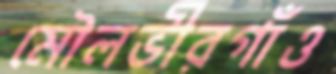
মৌলভীরগাঁও